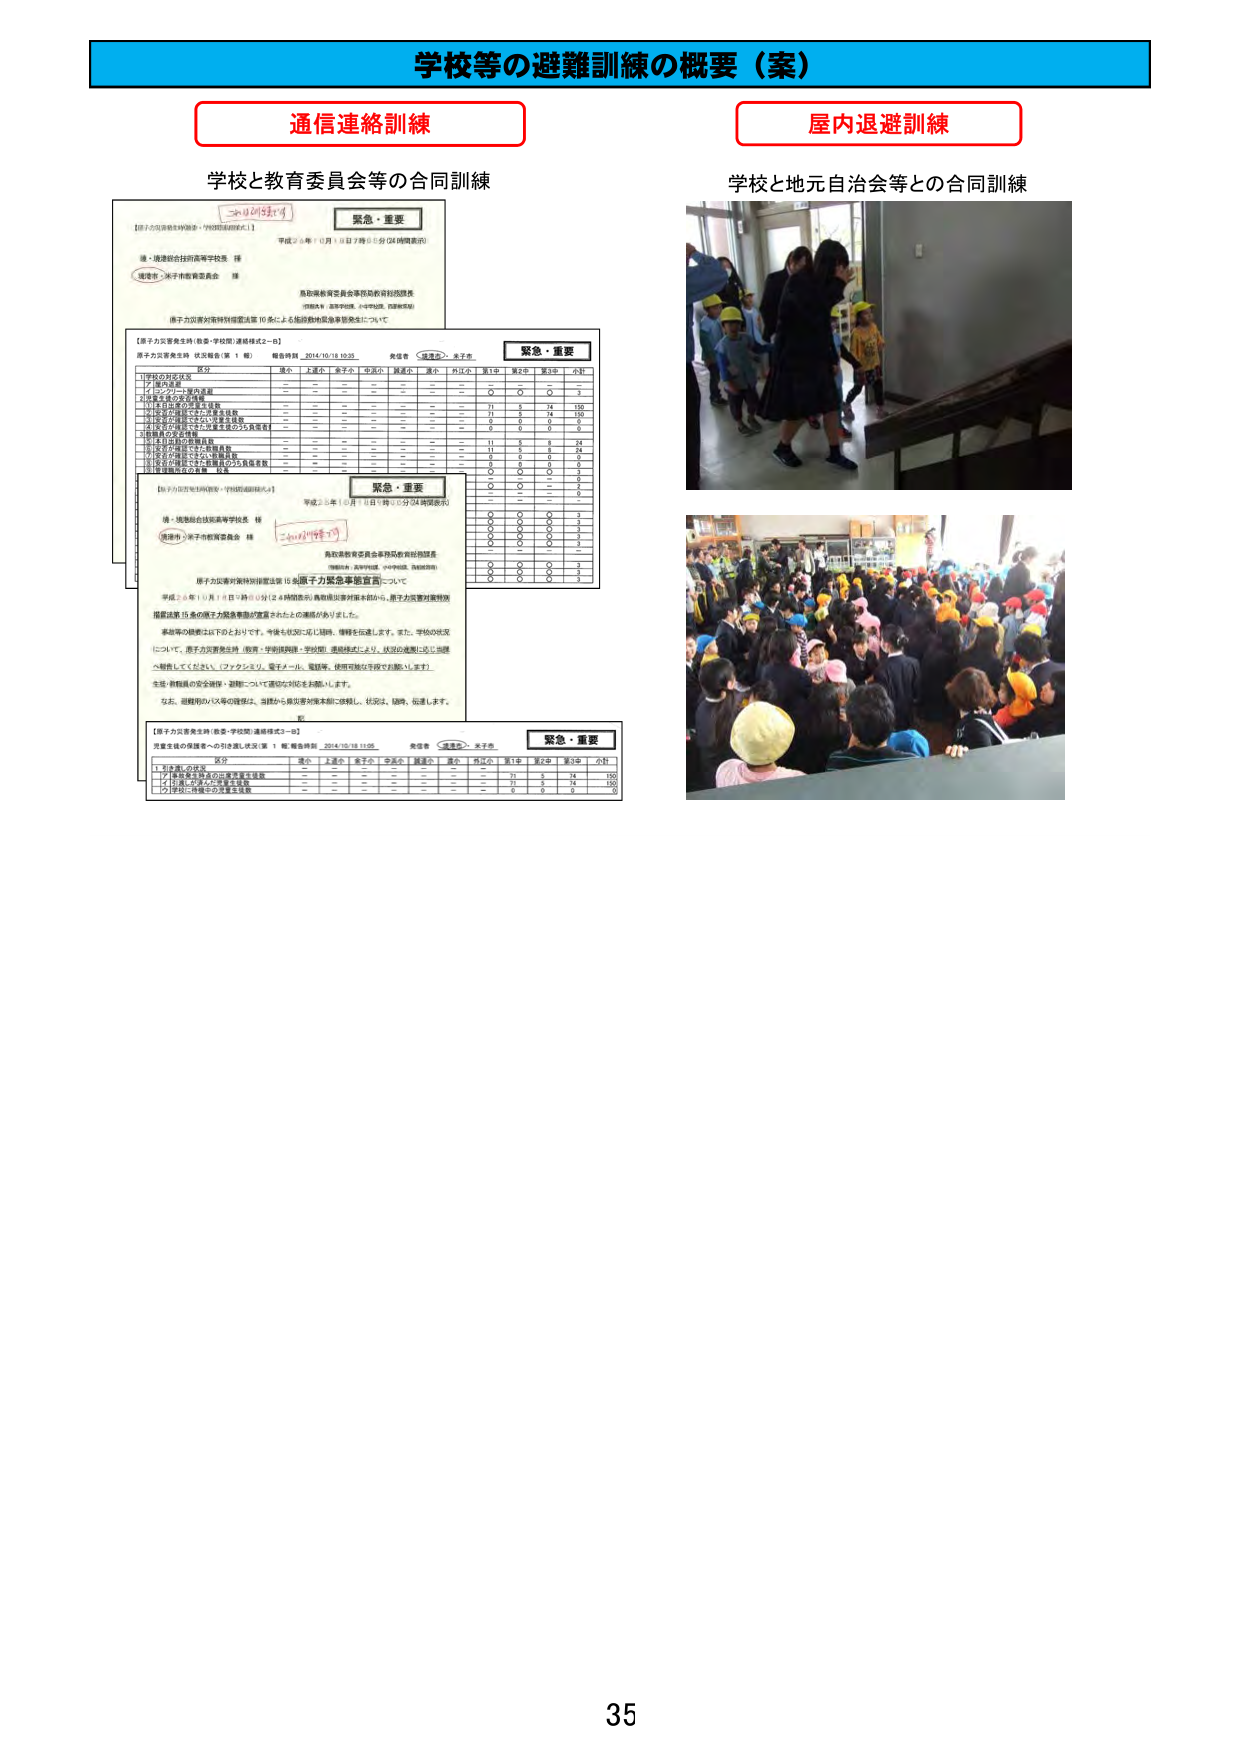
学校等の避難訓練の概要（案）

通信連絡訓練
学校と教育委員会等の合同訓練

屋内退避訓練
学校と地元自治会等との合同訓練

【原子力災害発生時（教委・学校間）連絡様式2－a】
原子力災害発生時 状況報告（第 1 報）
報告時刻 2014/10/18 10:35
発信者 （通達先） 米子市

緊急・重要

区分
境小 上浦小 米子小 中北小 阿武小 高小 西江小 第1中 第2中 第3中 小計
1.学校の対応状況
2. 緊急連絡
－ － － － － － － － － －
3. パンフレット配布済
－ － － － － － － ○ ○ ○ 3
4. 生徒家族の安全確認
－ － － － － － － － － －
5. 1年生は校舎の屋内避難
－ － － － － － － 71 5 74 150
6. 2年生は校舎の屋内避難
－ － － － － － － 71 5 74 150
7. 3年生は校舎の屋内避難
－ － － － － － － 0 0 0 0
8. 1年生の生徒家族の安全確認
－ － － － － － － 0 0 0 0
9. 2年生の生徒家族の安全確認
－ － － － － － － 0 0 0 0
10. 3年生の生徒家族の安全確認
－ － － － － － － 0 0 0 0
11. 1年生の生徒の安全確認
－ － － － － － － 11 5 8 24
12. 2年生の生徒の安全確認
－ － － － － － － 11 5 8 24
13. 3年生の生徒の安全確認
－ － － － － － － 0 0 0 0
14. 1年生の生徒の安全確認（クラス単位）
－ － － － － － － 0 0 0 0
15. 2年生の生徒の安全確認（クラス単位）
－ － － － － － － 0 0 0 0
16. 3年生の生徒の安全確認（クラス単位）
－ － － － － － － 0 0 0 0
17. 1年生の生徒の安全確認（クラス単位）
－ － － － － － － 0 0 0 0
18. 2年生の生徒の安全確認（クラス単位）
－ － － － － － － 0 0 0 0
19. 3年生の生徒の安全確認（クラス単位）
－ － － － － － － 0 0 0 0
20. 1年生の生徒の安全確認（クラス単位）
－ － － － － － － 0 0 0 0
21. 2年生の生徒の安全確認（クラス単位）
－ － － － － － － 0 0 0 0
22. 3年生の生徒の安全確認（クラス単位）
－ － － － － － － 0 0 0 0
23. 1年生の生徒の安全確認（クラス単位）
－ － － － － － － 0 0 0 0
24. 2年生の生徒の安全確認（クラス単位）
－ － － － － － － 0 0 0 0
25. 3年生の生徒の安全確認（クラス単位）
－ － － － － － － 0 0 0 0
26. 1年生の生徒の安全確認（クラス単位）
－ － － － － － － 0 0 0 0
27. 2年生の生徒の安全確認（クラス単位）
－ － － － － － － 0 0 0 0
28. 3年生の生徒の安全確認（クラス単位）
－ － － － － － － 0 0 0 0
29. 1年生の生徒の安全確認（クラス単位）
－ － － － － － － 0 0 0 0
30. 2年生の生徒の安全確認（クラス単位）
－ － － － － － － 0 0 0 0
31. 3年生の生徒の安全確認（クラス単位）
－ － － － － － － 0 0 0 0
32. 1年生の生徒の安全確認（クラス単位）
－ － － － － － － 0 0 0 0
33. 2年生の生徒の安全確認（クラス単位）
－ － － － － － － 0 0 0 0
34. 3年生の生徒の安全確認（クラス単位）
－ － － － － － － 0 0 0 0
35. 1年生の生徒の安全確認（クラス単位）
－ － － － － － － 0 0 0 0
36. 2年生の生徒の安全確認（クラス単位）
－ － － － － － － 0 0 0 0
37. 3年生の生徒の安全確認（クラス単位）
－ － － － － － － 0 0 0 0
38. 1年生の生徒の安全確認（クラス単位）
－ － － － － － － 0 0 0 0
39. 2年生の生徒の安全確認（クラス単位）
－ － － － － － － 0 0 0 0
40. 3年生の生徒の安全確認（クラス単位）
－ － － － － － － 0 0 0 0
41. 1年生の生徒の安全確認（クラス単位）
－ － － － － － － 0 0 0 0
42. 2年生の生徒の安全確認（クラス単位）
－ － － － － － － 0 0 0 0
43. 3年生の生徒の安全確認（クラス単位）
－ － － － － － － 0 0 0 0
44. 1年生の生徒の安全確認（クラス単位）
－ － － － － － － 0 0 0 0
45. 2年生の生徒の安全確認（クラス単位）
－ － － － － － － 0 0 0 0
46. 3年生の生徒の安全確認（クラス単位）
－ － － － － － － 0 0 0 0
47. 1年生の生徒の安全確認（クラス単位）
－ － － － － － － 0 0 0 0
48. 2年生の生徒の安全確認（クラス単位）
－ － － － － － － 0 0 0 0
49. 3年生の生徒の安全確認（クラス単位）
－ － － － － － － 0 0 0 0
50. 1年生の生徒の安全確認（クラス単位）
－ － － － － － － 0 0 0 0
51. 2年生の生徒の安全確認（クラス単位）
－ － － － － － － 0 0 0 0
52. 3年生の生徒の安全確認（クラス単位）
－ － － － － － － 0 0 0 0
53. 1年生の生徒の安全確認（クラス単位）
－ － － － － － － 0 0 0 0
54. 2年生の生徒の安全確認（クラス単位）
－ － － － － － － 0 0 0 0
55. 3年生の生徒の安全確認（クラス単位）
－ － － － － － － 0 0 0 0
56. 1年生の生徒の安全確認（クラス単位）
－ － － － － － － 0 0 0 0
57. 2年生の生徒の安全確認（クラス単位）
－ － － － － － － 0 0 0 0
58. 3年生の生徒の安全確認（クラス単位）
－ － － － － － － 0 0 0 0
59. 1年生の生徒の安全確認（クラス単位）
－ － － － － － － 0 0 0 0
60. 2年生の生徒の安全確認（クラス単位）
－ － － － － － － 0 0 0 0
61. 3年生の生徒の安全確認（クラス単位）
－ － － － － － － 0 0 0 0
62. 1年生の生徒の安全確認（クラス単位）
－ － － － － － － 0 0 0 0
63. 2年生の生徒の安全確認（クラス単位）
－ － － － － － － 0 0 0 0
64. 3年生の生徒の安全確認（クラス単位）
－ － － － － － － 0 0 0 0
65. 1年生の生徒の安全確認（クラス単位）
－ － － － － － － 0 0 0 0
66. 2年生の生徒の安全確認（クラス単位）
－ － － － － － － 0 0 0 0
67. 3年生の生徒の安全確認（クラス単位）
－ － － － － － － 0 0 0 0
68. 1年生の生徒の安全確認（クラス単位）
－ － － － － － － 0 0 0 0
69. 2年生の生徒の安全確認（クラス単位）
－ － － － － － － 0 0 0 0
70. 3年生の生徒の安全確認（クラス単位）
－ － － － － － － 0 0 0 0
71. 1年生の生徒の安全確認（クラス単位）
－ － － － － － － 0 0 0 0
72. 2年生の生徒の安全確認（クラス単位）
－ － － － － － － 0 0 0 0
73. 3年生の生徒の安全確認（クラス単位）
－ － － － － － － 0 0 0 0
74. 1年生の生徒の安全確認（クラス単位）
－ － － － － － － 0 0 0 0
75. 2年生の生徒の安全確認（クラス単位）
－ － － － － － － 0 0 0 0
76. 3年生の生徒の安全確認（クラス単位）
－ － － － － － － 0 0 0 0
77. 1年生の生徒の安全確認（クラス単位）
－ － － － － － － 0 0 0 0
78. 2年生の生徒の安全確認（クラス単位）
－ － － － － － － 0 0 0 0
79. 3年生の生徒の安全確認（クラス単位）
－ － － － － － － 0 0 0 0
80. 1年生の生徒の安全確認（クラス単位）
－ － － － － － － 0 0 0 0
81. 2年生の生徒の安全確認（クラス単位）
－ － － － － － － 0 0 0 0
82. 3年生の生徒の安全確認（クラス単位）
－ － － － － － － 0 0 0 0
83. 1年生の生徒の安全確認（クラス単位）
－ － － － － － － 0 0 0 0
84. 2年生の生徒の安全確認（クラス単位）
－ － － － － － － 0 0 0 0
85. 3年生の生徒の安全確認（クラス単位）
－ － － － － － － 0 0 0 0
86. 1年生の生徒の安全確認（クラス単位）
－ － － － － － － 0 0 0 0
87. 2年生の生徒の安全確認（クラス単位）
－ － － － － － － 0 0 0 0
88. 3年生の生徒の安全確認（クラス単位）
－ － － － － － － 0 0 0 0
89. 1年生の生徒の安全確認（クラス単位）
－ － － － － － － 0 0 0 0
90. 2年生の生徒の安全確認（クラス単位）
－ － － － － － － 0 0 0 0
91. 3年生の生徒の安全確認（クラス単位）
－ － － － － － － 0 0 0 0
92. 1年生の生徒の安全確認（クラス単位）
－ － － － － － － 0 0 0 0
93. 2年生の生徒の安全確認（クラス単位）
－ － － － － － － 0 0 0 0
94. 3年生の生徒の安全確認（クラス単位）
－ － － － － － － 0 0 0 0
95. 1年生の生徒の安全確認（クラス単位）
－ － － － － － － 0 0 0 0
96. 2年生の生徒の安全確認（クラス単位）
－ － － － － － － 0 0 0 0
97. 3年生の生徒の安全確認（クラス単位）
－ － － － － － － 0 0 0 0
98. 1年生の生徒の安全確認（クラス単位）
－ － － － － － － 0 0 0 0
99. 2年生の生徒の安全確認（クラス単位）
－ － － － － － － 0 0 0 0
100. 3年生の生徒の安全確認（クラス単位）
－ － － － － － － 0 0 0 0

【原子力災害発生時（教委・学校間）連絡様式2－b】
原子力災害発生時 状況報告（第 1 報）
報告時刻 2014/10/18 10:35
発信者 （通達先） 米子市

緊急・重要

【原子力災害対策特別措置法第15条（原子力緊急事態宣言）について】
平成26年10月18日午前10時24分（時間表示）鳥取県災害対策本部から、原子力災害対策特別措置法第15条の原子力緊急事態が宣言されたとの連絡がありました。
事項等の概要は以下のとおりです。今後も状況に応じ随時、情報を伝達します。また、学校の状況について、原子力災害発生時（教委・学校間）連絡様式により、状況の連携に応じ当課へ報告してください。（ファクシミリ、電子メール、電話等、使用可能な手段でお願いします）
生徒・教職員の安全確保・避難について適切な対応をお願いします。
なお、避難時のバス等の確保は、当課から県災害対策本部に依頼し、状況は、随時、伝達します。

【原子力災害発生時（教委・学校間）連絡様式2－a】
災害支援の発信者への引き渡し状況（第 1 報）報告時刻 2014/10/18 11:05
発信者 （通達先） 米子市

緊急・重要

区分
境小 上浦小 米子小 中北小 阿武小 高小 西江小 第1中 第2中 第3中 小計
1. 生徒数・生徒数
－ － － － － － － － － －
2. 1年生の生徒の安全確認
－ － － － － － － 71 5 74 150
3. 2年生の生徒の安全確認
－ － － － － － － 71 5 74 150
4. 3年生の生徒の安全確認
－ － － － － － － 0 0 0 0

35